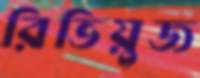
রিভিয়ুজ